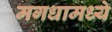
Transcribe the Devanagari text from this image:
मगधामध्ये